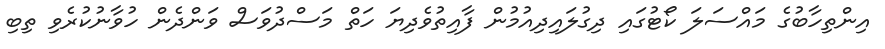
އިންތިހާބުގެ މައްސަލަ ކޯޓުގައި ދިގުލައިދިއުމުން ފާއިތުވެދިޔަ ހަތް މަސްދުވަސް ވަންދެން ހުވާނުކުރެވި ތިބި